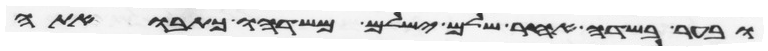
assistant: ובער בשדה אחר שלם ישלם משדהו כתבואתה